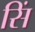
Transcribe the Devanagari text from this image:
सिं